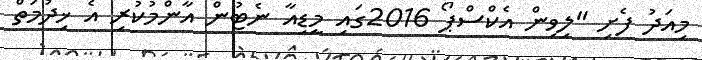
މިއަދު ފެށި "ލިވިން އެކްސްޕޯ 2016ގައި މީޑިއާ ނެޓުން އާންމުކުރި އެ ޚިދުމަތް